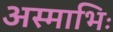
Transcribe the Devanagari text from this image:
अस्माभिः